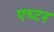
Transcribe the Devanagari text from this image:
एच्टर